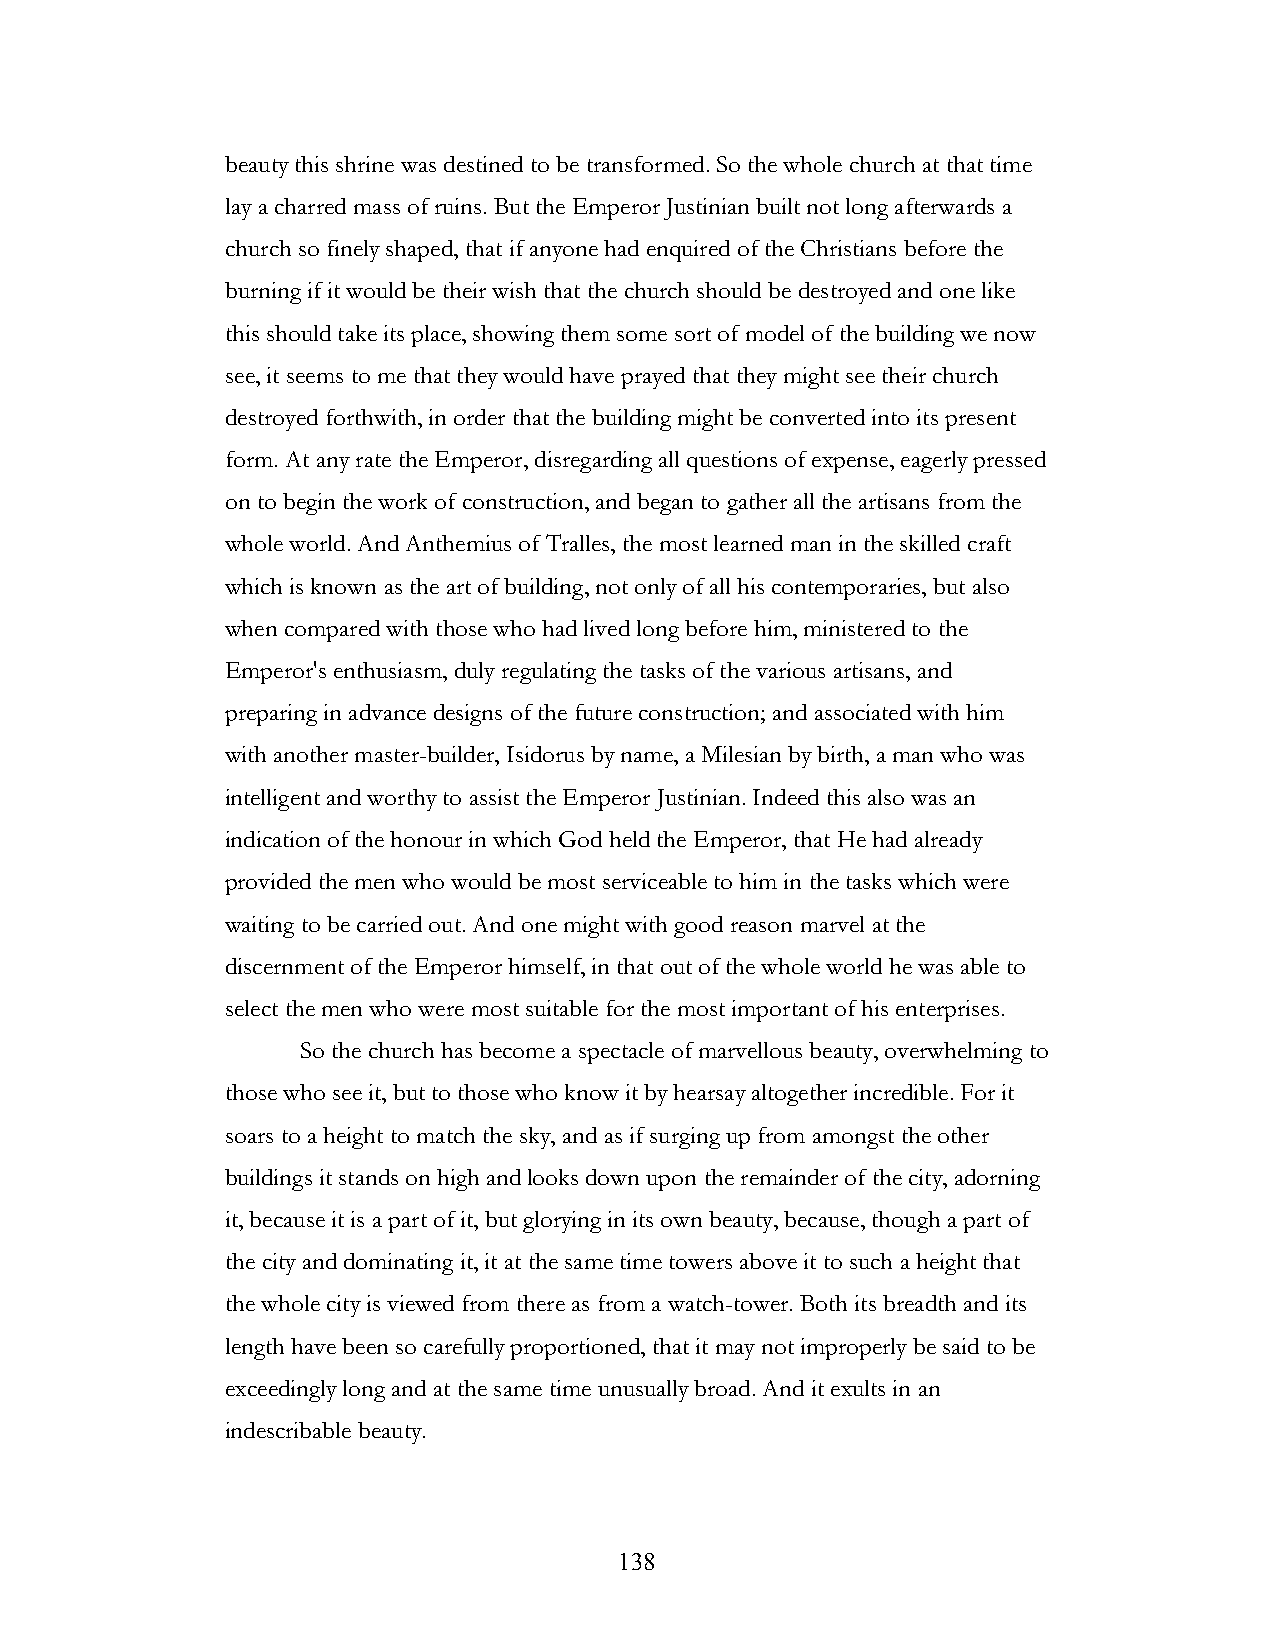
beauty this shrine was destined to be transformed. So the whole church at that time
 lay a charred mass of ruins. But the Emperor Justinian built not long afterwards a
 church so finely shaped, that if anyone had enquired of the Christians before the
 burning if it would be their wish that the church should be destroyed and one like
 this should take its place, showing them some sort of model of the building we now
 see, it seems to me that they would have prayed that they might see their church
 destroyed forthwith, in order that the building might be converted into its present
 form. At any rate the Emperor, disregarding all questions of expense, eagerly pressed
 on to begin the work of construction, and began to gather all the artisans from the
 whole world. And Anthemius of Tralles, the most learned man in the skilled craft
 which is known as the art of building, not only of all his contemporaries, but also
 when compared with those who had lived long before him, ministered to the
 Emperor's enthusiasm, duly regulating the tasks of the various artisans, and
 preparing in advance designs of the future construction; and associated with him
 with another master-builder, Isidorus by name, a Milesian by birth, a man who was
 intelligent and worthy to assist the Emperor Justinian. Indeed this also was an
 indication of the honour in which God held the Emperor, that He had already
 provided the men who would be most serviceable to him in the tasks which were
 waiting to be carried out. And one might with good reason marvel at the
 discernment of the Emperor himself, in that out of the whole world he was able to
 select the men who were most suitable for the most important of his enterprises.
 So the church has become a spectacle of marvellous beauty, overwhelming to
 those who see it, but to those who know it by hearsay altogether incredible. For it
 soars to a height to match the sky, and as if surging up from amongst the other
 buildings it stands on high and looks down upon the remainder of the city, adorning
 it, because it is a part of it, but glorying in its own beauty, because, though a part of
 the city and dominating it, it at the same time towers above it to such a height that
 the whole city is viewed from there as from a watch-tower. Both its breadth and its
 length have been so carefully proportioned, that it may not improperly be said to be
 exceedingly long and at the same time unusually broad. And it exults in an
 indescribable beauty.
 !                         138